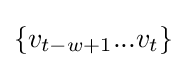
\{v_{t-w+1}...v_{t}\}